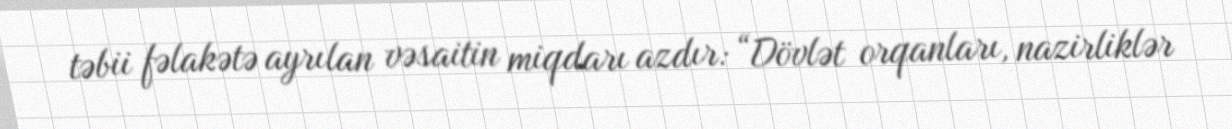
təbii fəlakətə ayrılan vəsaitin miqdarı azdır: “Dövlət orqanları, nazirliklər